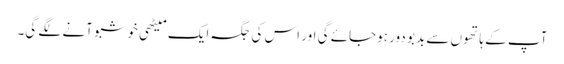
آپ کے ہاتھوں سے بدبو دور ہوجائے گی اور اس کی جگہ ایک میٹھی خوشبو آنے لگے گی۔